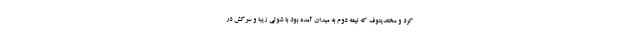
کرد و مختدینوف که نیمه دوم به میدان آمده بود با شوتی زیبا و سرکش در